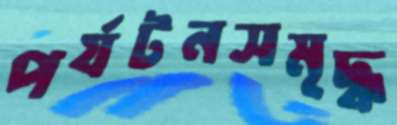
পর্যটনসমৃদ্ধ